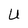
Character: U